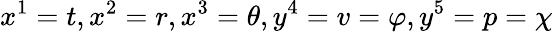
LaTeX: x^{1}=t,x^{2}=r,x^{3}=\theta,y^{4}=v=\varphi,y^{5}=p=\chi